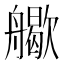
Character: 𦪬